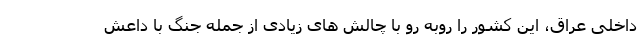
داخلی عراق، این کشور را روبه رو با چالش های زیادی از جمله جنگ با داعش